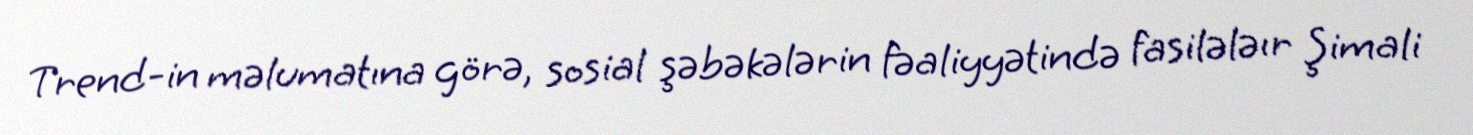
Trend-in məlumatına görə, sosial şəbəkələrin fəaliyyətində fasilələır Şimali